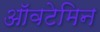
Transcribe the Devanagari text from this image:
ऑवटेमिन